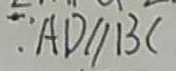
A D / / B C